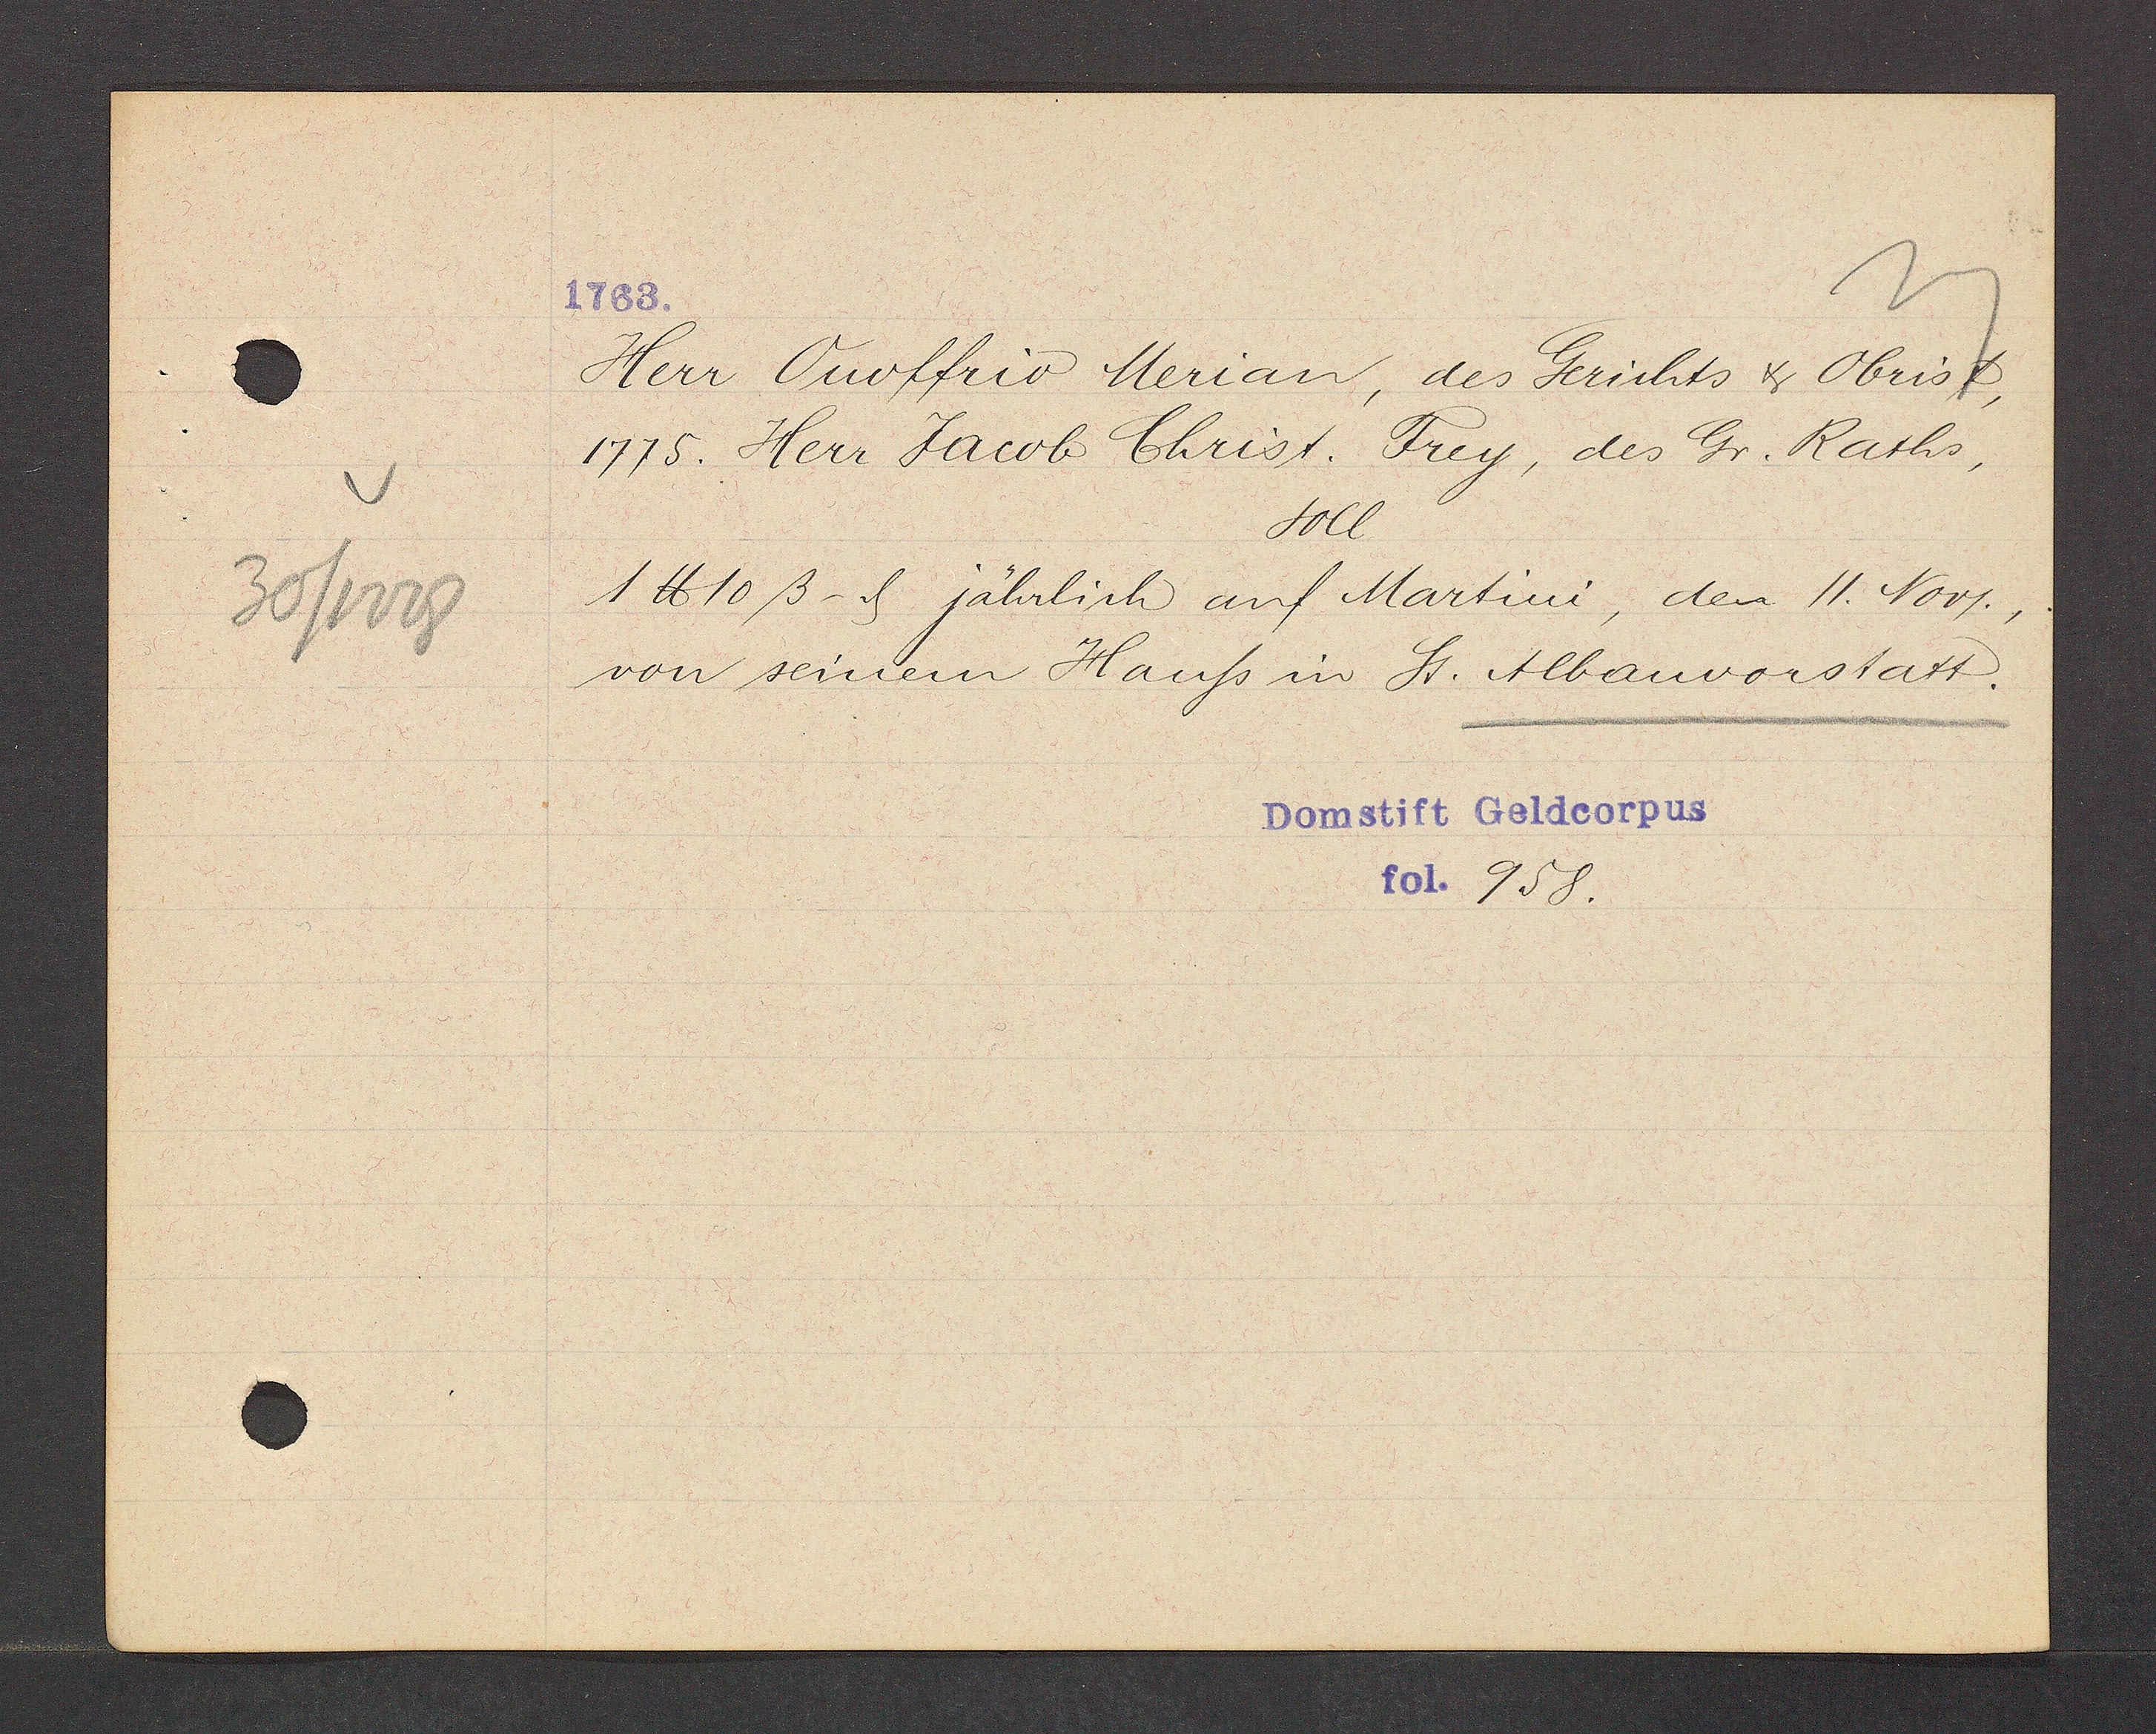
Transcript:
30/1228

1763.

Herr Ouoffriv Merian, des Gerichts & Obrist,
1775. Herr Jacob Christ. Frey, des Gr. Raths,
soll
1 ℔ 10 ß- ȡ jährlich auf Martini, den 11. Nov.,
von seinem Hauss in St. Albanvorstatt.

Domstift Geldcorpus
fol. 958.